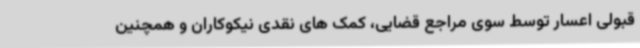
قبولی اعسار توسط سوی مراجع قضایی، کمک های نقدی نیکوکاران و همچنین